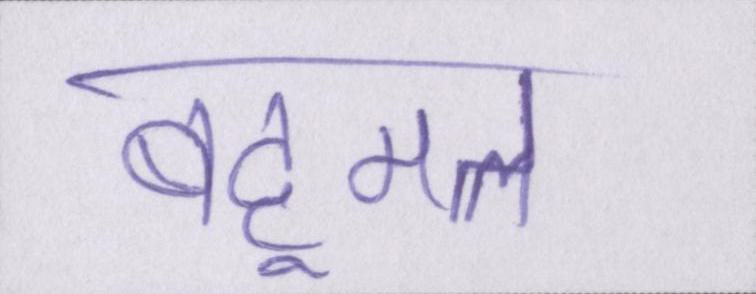
बहूमत